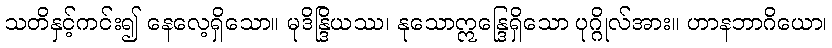
သတိနှင့်ကင်း၍ နေလေ့ရှိသော။ မုဒိန္ဒြိယဿ၊ နုသောဣန္ဒြေရှိသော ပုဂ္ဂိုလ်အား။ ဟာနဘာဂိယော၊